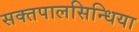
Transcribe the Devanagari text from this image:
सक्तपालसिन्धिया